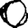
Digit: 0